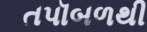
તપૉબળથી